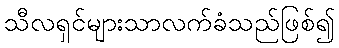
သီလရှင်များသာလက်ခံသည်ဖြစ်၍